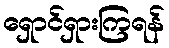
ရှောင်ရှားကြရန်